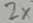
Text: 2x